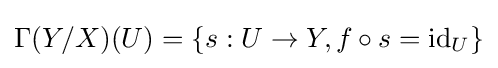
\Gamma (Y/X)(U)=\{s:U\to Y,f\circ s=\operatorname {id} _{U}\}